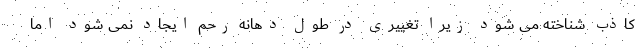
کاذب شناخته می شود زیرا تغییری در طول دهانه رحم ایجاد نمی شود اما